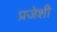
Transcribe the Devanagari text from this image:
प्रजेशी